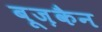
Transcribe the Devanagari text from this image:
बूज़कैन